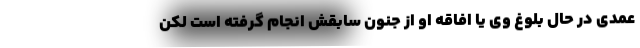
عمدی در حال بلوغ وی یا افاقه او از جنون سابقش انجام گرفته است لکن